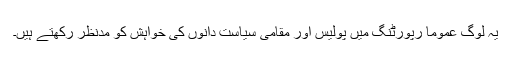
یہ لوگ عموماً رپورٹنگ میں پولیس اور مقامی سیاست دانوں کی خواہش کو مدنظر رکھتے ہیں۔